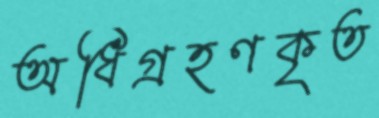
অধিগ্রহণকৃত